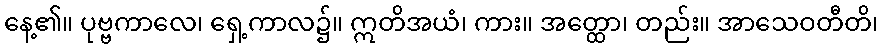
နေ့၏။ ပုဗ္ဗကာလေ၊ ရှေ့ကာလ၌။ ဣတိအယံ၊ ကား။ အတ္ထော၊ တည်း။ အာသေဝတီတိ၊